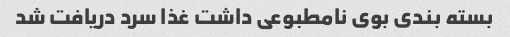
بسته بندی بوی نامطبوعی داشت غذا سرد دریافت شد